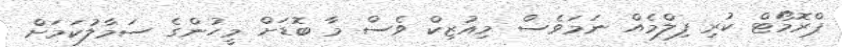
ޕްރޮމޯޓް ކުރި ފިލްމެއް ނަމަވެސް މިއުޒިކް ވެސް މާ ބޮޑަށް މީހުންގެ ސަމާލުކަމަށް